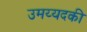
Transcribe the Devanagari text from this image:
उमय्यदकी